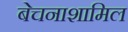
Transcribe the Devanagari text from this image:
बेचनाशामिल